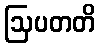
ဩပတတိ